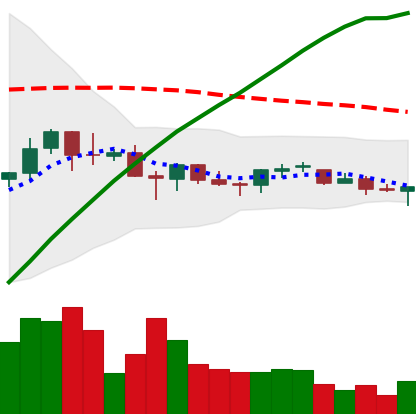
Ticker: BNB-USD
Chart end date: 2021-06-20
Forward return: -17.187%
Label: down_7plus